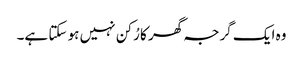
وہ ایک گرجہ گھر کا رُکن نہیں ہو سکتا ہے۔